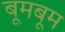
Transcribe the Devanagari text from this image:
बूमबूम